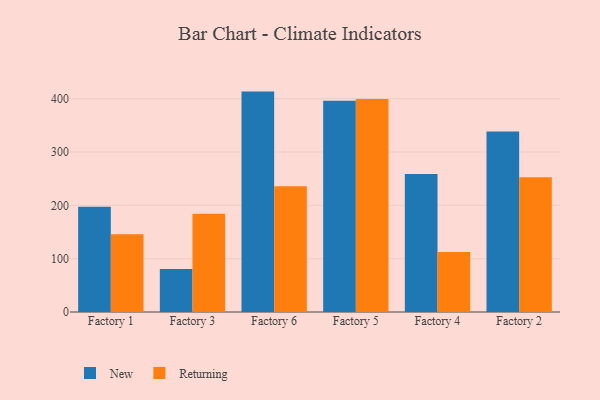
{"axis": {"x": "Factory", "y": "Budget (USD K)"}, "legend": ["New", "Returning"], "data": [{"x": "Factory 1", "y": 197.5, "type": "New"}, {"x": "Factory 1", "y": 145.6, "type": "Returning"}, {"x": "Factory 3", "y": 80.7, "type": "New"}, {"x": "Factory 3", "y": 184.3, "type": "Returning"}, {"x": "Factory 6", "y": 413.3, "type": "New"}, {"x": "Factory 6", "y": 235.7, "type": "Returning"}, {"x": "Factory 5", "y": 396.1, "type": "New"}, {"x": "Factory 5", "y": 399.5, "type": "Returning"}, {"x": "Factory 4", "y": 258.9, "type": "New"}, {"x": "Factory 4", "y": 112.4, "type": "Returning"}, {"x": "Factory 2", "y": 338.5, "type": "New"}, {"x": "Factory 2", "y": 252.6, "type": "Returning"}]}